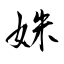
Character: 姝